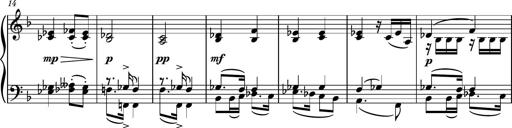
Title: Piano Sonatina No.5
Composer: Dimitri Sykias
Key: C minor